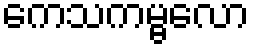
ကေသကမ္ဗလော